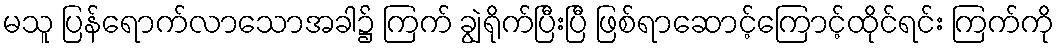
မသူ ပြန်ရောက်လာသောအခါ၌ ကြက် ချွဲရိုက်ပြီးပြီ ဖြစ်ရာဆောင့်ကြောင့်ထိုင်ရင်း ကြက်ကို